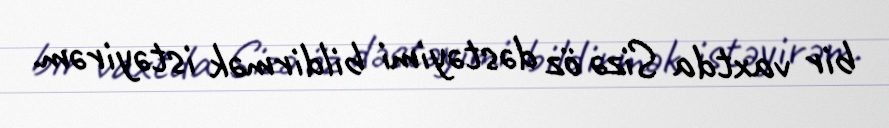
bir vaxtda Sizə öz dəstəyimi bildirmək istəyirəm.